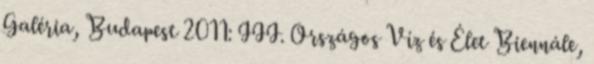
Galéria, Budapest 2011: III. Országos Víz és Élet Biennále,